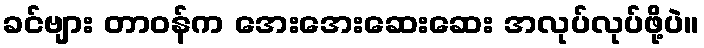
ခင်ဗျား တာဝန်က အေးအေးဆေးဆေး အလုပ်လုပ်ဖို့ပဲ။